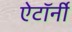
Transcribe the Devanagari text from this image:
ऐटॉर्नी